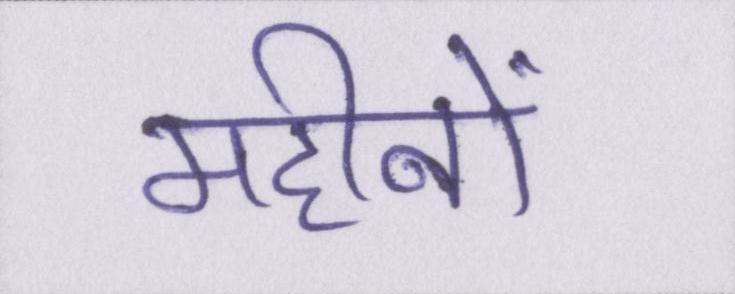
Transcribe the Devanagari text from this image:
महीनों